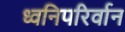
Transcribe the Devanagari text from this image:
ध्वनिपरिर्वान